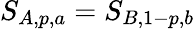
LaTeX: S_{A,p,a}=S_{B,1-p,b}